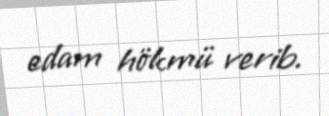
edam hökmü verib.